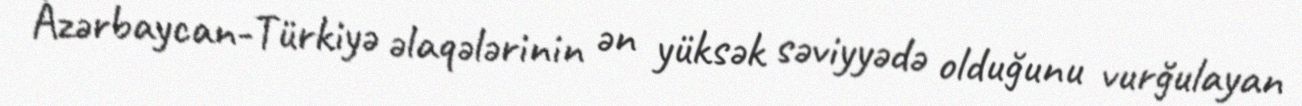
Azərbaycan-Türkiyə əlaqələrinin ən yüksək səviyyədə olduğunu vurğulayan